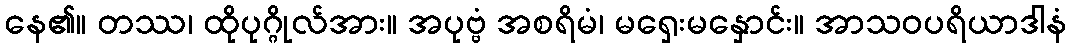
နေ၏။ တဿ၊ ထိုပုဂ္ဂိုလ်အား။ အပုဗ္ဗံ အစရိမံ၊ မရှေးမနှောင်း။ အာသဝပရိယာဒါနံ